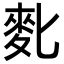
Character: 𪋼